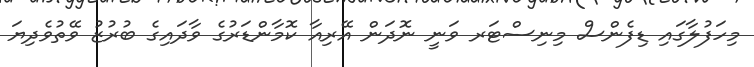
މިހަފުލާގައި ޑިފެންސް މިނިސްޓަރ ވަނީ ނޮދަން އޭރިއާ ކޮމާންޑަރުގެ ވާދައިގެ ބުރުޒު ވޭތުވެދިޔަ